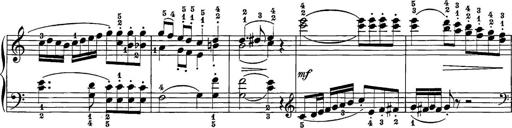
Title: 12 Sonatine per Pianoforte
Composer: Friedrich Kuhlau